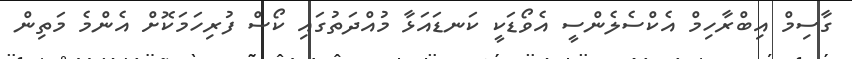
ގާސިމް އިބްރާހިމް އެކްސެލެންސީ އެވޯޑަކީ ކަނޑައަޅާ މުއްދަތުގައި ކޯސް ފުރިހަމަކޮށް އެންމެ މަތިން